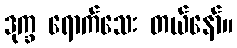
ဒုက္ခ ရောက်သေး တယ်နော်။